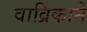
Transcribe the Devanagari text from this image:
वाव्रिंकाने